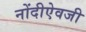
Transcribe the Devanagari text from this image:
नोंदीऐवजी